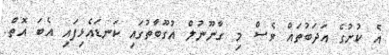
އެ ކުށުގެ އަދަބުތައް ވެސް މި ގާނޫނުލް އުގޫބާތުގައި ކަނޑައެޅިފައި އެބަ އޮތް.